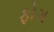
ફોગ